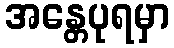
အန္တေပုရမှာ